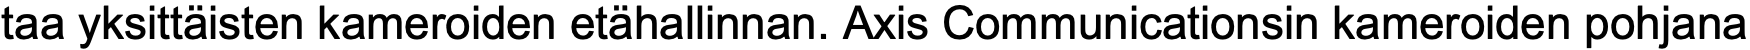
taa yksittäisten kameroiden etähallinnan. Axis Communicationsin kameroiden pohjana